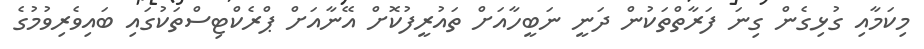
މިކަމާއި ގުޅިގެން ގިނަ ފަރާތްތަކުން ދަނީ ނަބީހާއަށް ތައުރީފުކޮށް އޭނާއަށް ޕްރެކްޓިސްތަކުގައި ބައިވެރިވުމުގެ